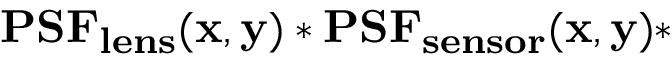
\mathbf { P S F _ { l e n s } ( x , y ) * P S F _ { s e n s o r } ( x , y ) * }